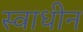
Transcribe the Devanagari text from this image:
स्‍वाधीन